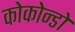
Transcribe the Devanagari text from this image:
कोकोन्डो